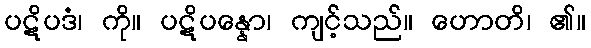
ပဋိပဒံ၊ ကို။ ပဋိပန္နော၊ ကျင့်သည်။ ဟောတိ၊ ၏။